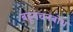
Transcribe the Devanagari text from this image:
बहुवचनबोध